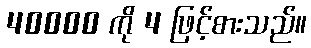
40000 ကို 4 ဖြင့်စားသည်။